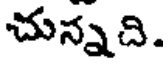
చున్నది.